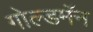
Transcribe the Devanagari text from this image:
गोल्डमॅन